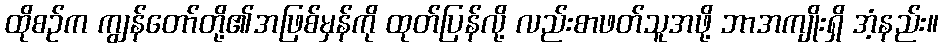
ထိုစဉ်က ကျွန်တော်တို့၏အဖြစ်မှန်ကို ထုတ်ပြန်လို့ လည်းစာဖတ်သူအဖို့ ဘာအကျိုးရှိ အံ့နည်း။